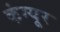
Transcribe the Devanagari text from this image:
कंग्‍यूर